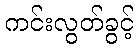
ကင်းလွတ်ခွင့်